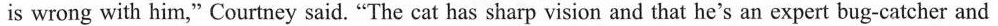
is wrong with him,"Courtney said. "The cat has sharp vision and that he's an expert bug-catcher and